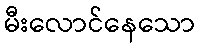
မီးလောင်နေသော